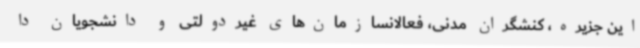
این جزیره، کنشگران مدنی، فعالانسازمان‌های غیردولتی و دانشجویان دا